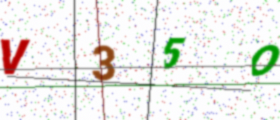
Text: V35O